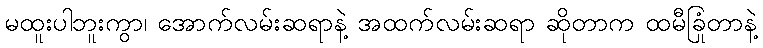
မထူးပါဘူးကွာ၊ အောက်လမ်းဆရာနဲ့ အထက်လမ်းဆရာ ဆိုတာက ထမီခြုံတာနဲ့